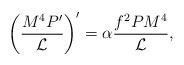
LaTeX: \begin{align*}\left(\frac{M^4P'}{{\cal L}}\right)'=\alpha\frac{f^2PM^4}{\cal L},\end{align*}